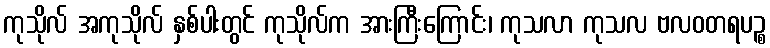
ကုသိုလ် အကုသိုလ် နှစ်ပါးတွင် ကုသိုလ်က အားကြီးကြောင်း၊ ကုသလာ ကုသလ ဗလဝတရပဉ္စ